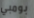
بومبي